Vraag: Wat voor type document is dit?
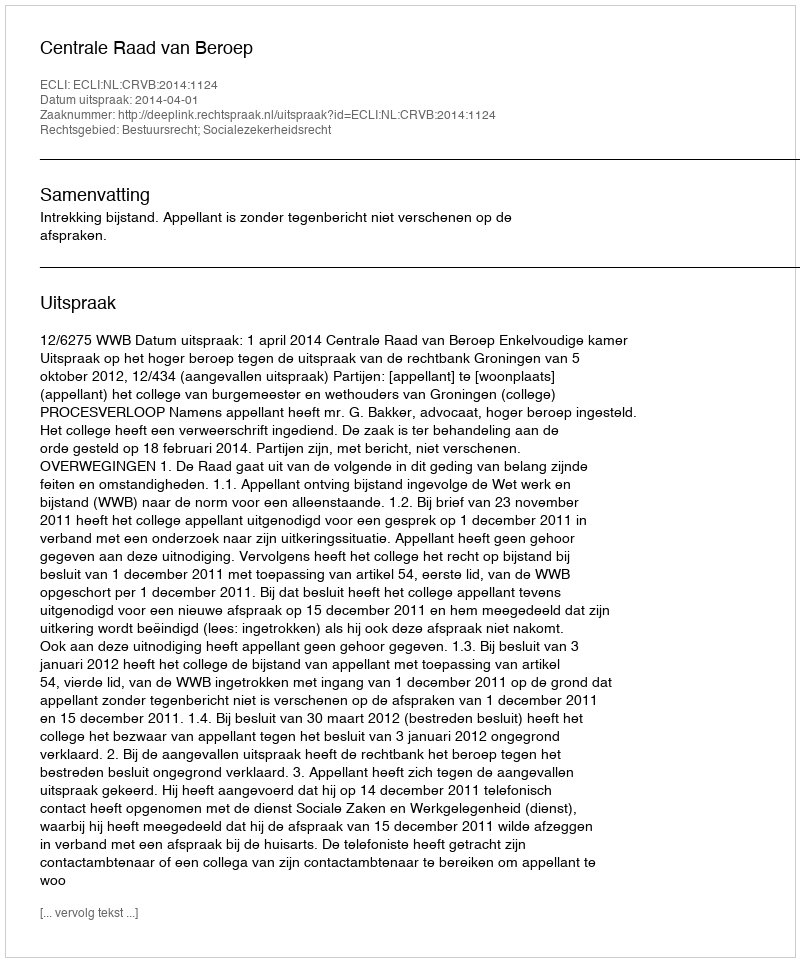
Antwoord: Uitspraak